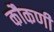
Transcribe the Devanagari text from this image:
कौकणी